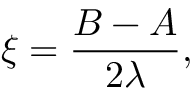
\xi = \frac { B - A } { 2 \lambda } ,